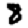
Digit: 8